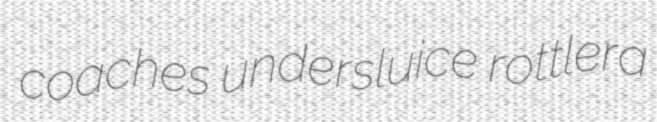
coaches undersluice rottlera